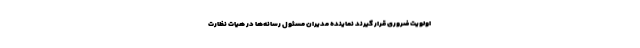
اولویت ضروری قرار گیرند نماینده مدیران مسئول رسانه‌ها در هیات نظارت